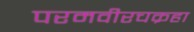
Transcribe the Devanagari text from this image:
परमवीरचक्रहा